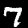
Digit: 7